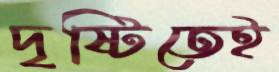
দৃষ্টিতেই